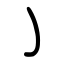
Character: ㇁